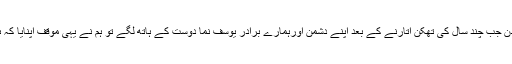
پھر اسامہ بن لادن جب چند سال کی تھکن اُتارنے کے بعد اپنے دشمن اورہمارے برادر یوسف نما دوست کے ہاتھ لگے تو ہم نے یہی موقف اپنایا کہ ہم بے خبر تھے۔